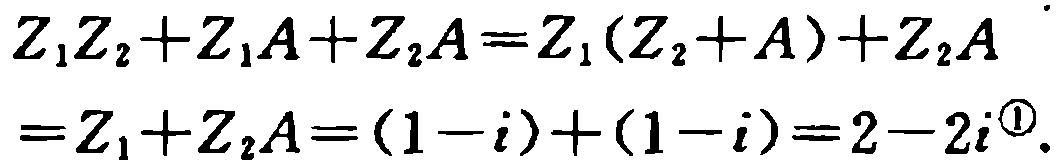
\[
\begin{align*}
Z_1Z_2 + Z_1A+Z_2A&=Z_1(Z_2 + A)+Z_2A\\
&=Z_1+Z_2A=(1 - i)+(1 - i)=2-2i^{\textcircled{1}}.
\end{align*}
\]